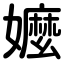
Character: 嬤